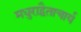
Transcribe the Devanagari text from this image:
मधुराद्वैताचार्य